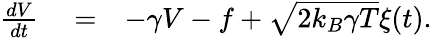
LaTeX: \begin{array}{rlr}{{\frac{dV}{dt}}}&{{}=}&{-\gamma V-f+\sqrt{2k_{B}\gamma T}\xi(t).}\end{array}